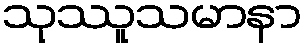
သုဿူသမာနာ